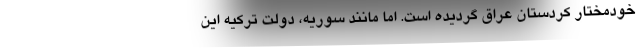
خودمختار کردستان عراق گردیده است. اما مانند سوریه، دولت ترکیه این